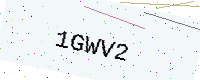
Text: 1GWV2